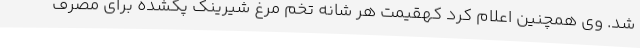
شد. وی همچنین اعلام کرد کهقیمت هر شانه تخم مرغ شیرینک پکشده برای مصرف